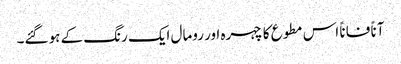
آناً فاناً اس مطوع کا چہرہ اور رومال ایک رنگ کے ہو گئے۔